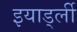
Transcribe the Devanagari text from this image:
इयार्ड्ली